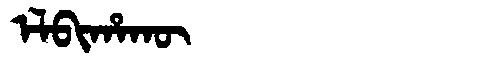
Manchu: ᡝᠯᠪᡳᡥᠠᡴᡡ
Romanization: ELBIHAKŪ